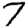
Digit: 7